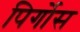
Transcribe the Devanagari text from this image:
पिर्गोस